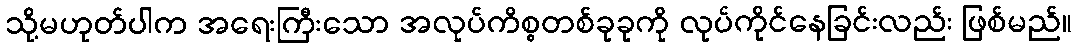
သို့မဟုတ်ပါက အရေးကြီးသော အလုပ်ကိစ္စတစ်ခုခုကို လုပ်ကိုင်နေခြင်းလည်း ဖြစ်မည်။